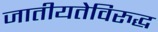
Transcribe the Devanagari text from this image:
जातीयतेविरुद्ध